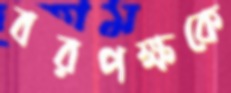
বরপক্ষকে